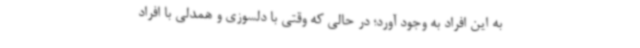
به این افراد به وجود آورد؛ در حالی که وقتی با دلسوزی و همدلی با افراد